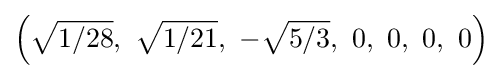
\left({\sqrt {1/28}},\ {\sqrt {1/21}},\ -{\sqrt {5/3}},\ 0,\ 0,\ 0,\ 0\right)